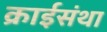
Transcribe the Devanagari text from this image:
क्राईसंथा